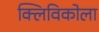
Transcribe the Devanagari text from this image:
क्लिविकोला